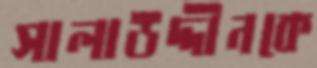
সালাউদ্দীনকে